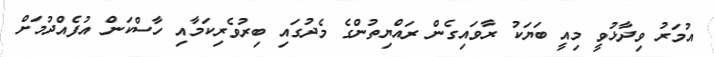
އުމަރު ވިދާޅުވީ މިއީ ބަޔަކު ރާވައިގެން ރައްޔިތުންގެ މެދުގައި ބިރުވެރިކަމާއި ހާސްކަން އުފެއްދުމަށް